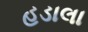
હડાલા